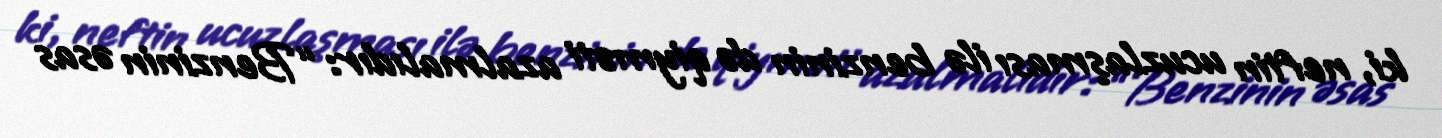
ki, neftin ucuzlaşması ilə benzinin də qiyməti azalmalıdır: “Benzinin əsas